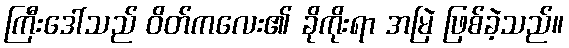
ကြီးဒေါ်သည် ဝိတ်ကလေး၏ ခိုကိုးရာ အမြဲ ဖြစ်ခဲ့သည်။